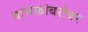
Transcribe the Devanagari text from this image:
वाचकांबरोबर